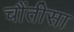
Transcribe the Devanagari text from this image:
चौंतीसा